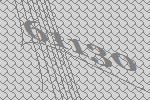
61130